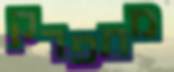
מתפרק